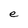
Character: e